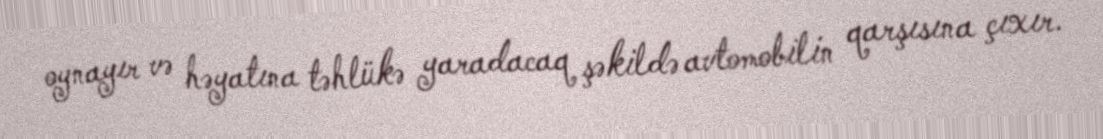
oynayır və həyatına təhlükə yaradacaq şəkildə avtomobilin qarşısına çıxır.